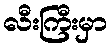
လီးကြီးမှာ